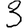
Digit: 3